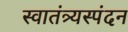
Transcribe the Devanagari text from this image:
स्वातंत्र्यस्पंदन